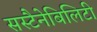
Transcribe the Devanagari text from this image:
सस्टैनेबिलिटी